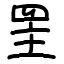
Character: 罜